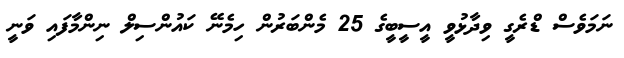
ނަމަވެސް ޑްރެގީ ވިދާޅުވީ އީސީބީގެ 25 މެންބަރުން ހިމެނޭ ކައުންސިލް ނިންމާފައި ވަނީ